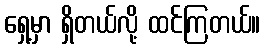
ရှေ့မှာ ရှိတယ်လို့ ထင်ကြတယ်။